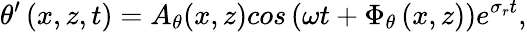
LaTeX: \theta^{\prime}\left(x,z,t\right)=A_{\theta}(x,z)cos\left(\omega t+\Phi_{\theta}\left(x,z\right)\right)e^{\sigma_{r}t},